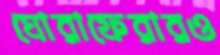
ঘোরাফেরারও